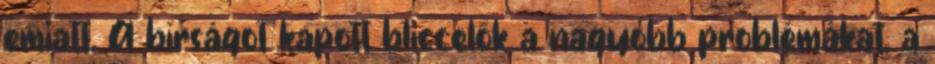
emiatt. A bírságot kapott bliccelők a nagyobb problémákat, a